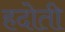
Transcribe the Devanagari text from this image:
हदोती